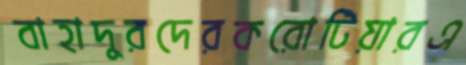
বাহাদুরদেরকরোটিয়ারএ